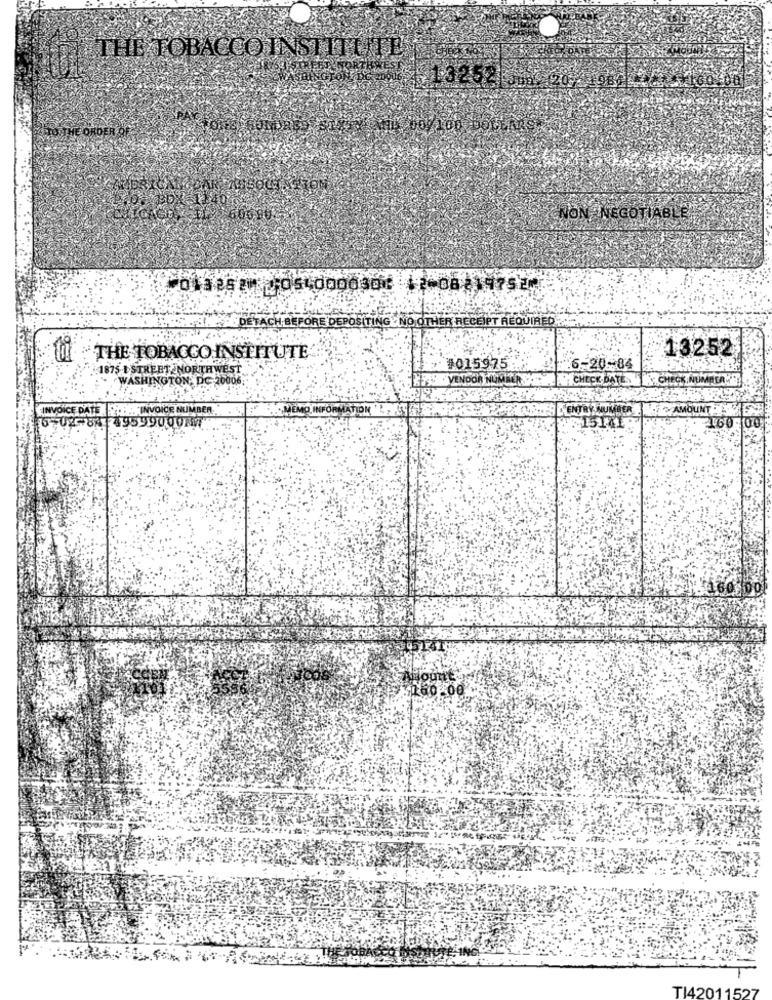
THE TOBACCO INSTITUTE
E ORDER
NON NEGOTIABLE"
⑆011281⑈ 10540000301 1108219752
DETACH BEFORE DEPOSITING . NO OTHER RECEIPT REQUIRED .......
13252
THE TOBACCO INSTITUTE
1875 FSTREET NORTHWEST
#015975
6-20%84
WASHINGTON, DC 20006
VENDOR MOGUER
FINVOICE DATE .. .. INVOICE NUMBER
15141
160 00
160.00
TI42011527